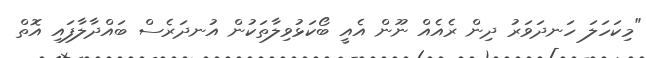
"މިކަހަލަ ހަނދަވަރު ދިން ރެއެއް ނޫން އެއީ ބޯކަޅުވިލާތަކުން އުނދަރެސް ބައްދާލާފައި އޮތް